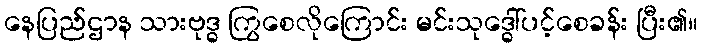
နေပြည်ဌာန သားဗုဒ္ဓ ကြွစေလိုကြောင်း မင်းသုဒ္ဓေါ်ပင့်စေခန်း ပြီး၏။